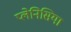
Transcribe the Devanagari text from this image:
प्लेनिसिया